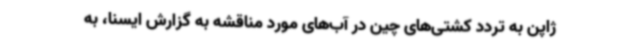
ژاپن به تردد کشتی‌های چین در آب‌های مورد مناقشه به گزارش ایسنا، به